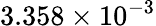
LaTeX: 3.358\times 10^{-3}